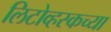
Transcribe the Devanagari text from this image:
लिटोव्हस्कच्या